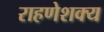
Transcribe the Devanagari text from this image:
राहणेशक्य